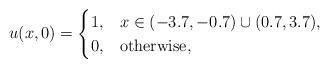
LaTeX: \begin{align*} u(x,0) = \begin{cases} 1, & x \in (-3.7,-0.7) \cup (0.7, 3.7), \\ 0, & \mbox{otherwise}, \end{cases}\end{align*}